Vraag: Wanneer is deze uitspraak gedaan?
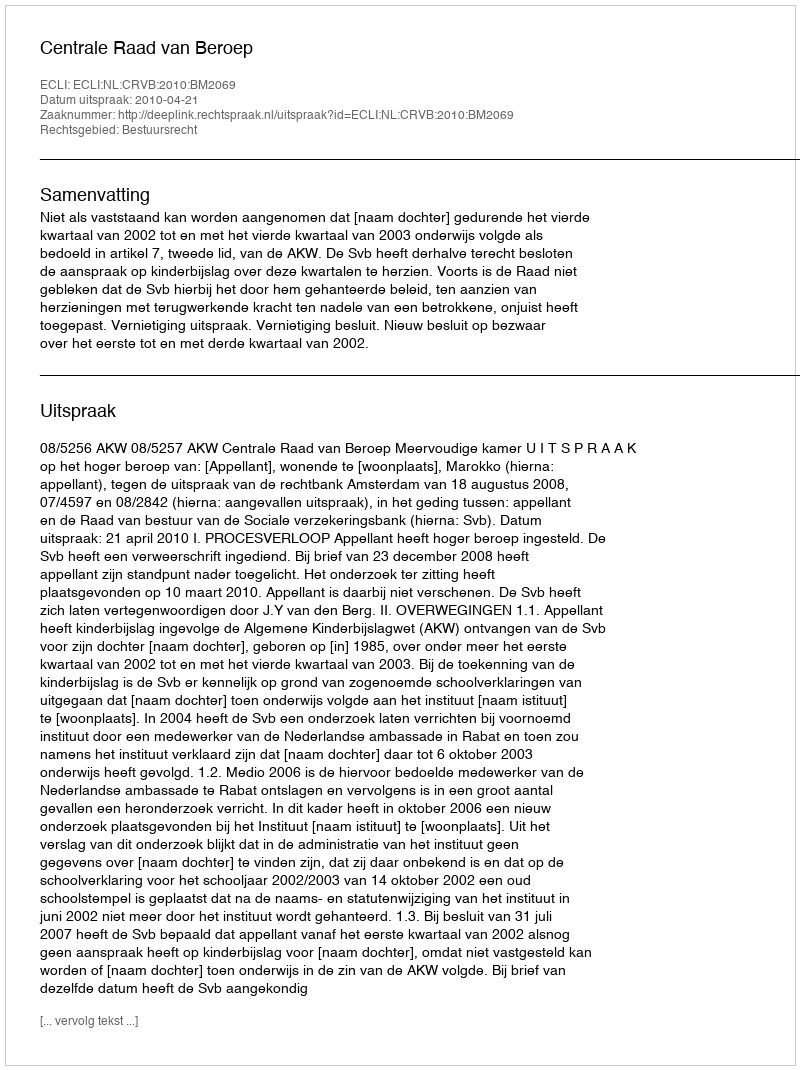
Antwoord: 2010-04-21